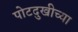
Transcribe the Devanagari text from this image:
पोटदुखीच्या